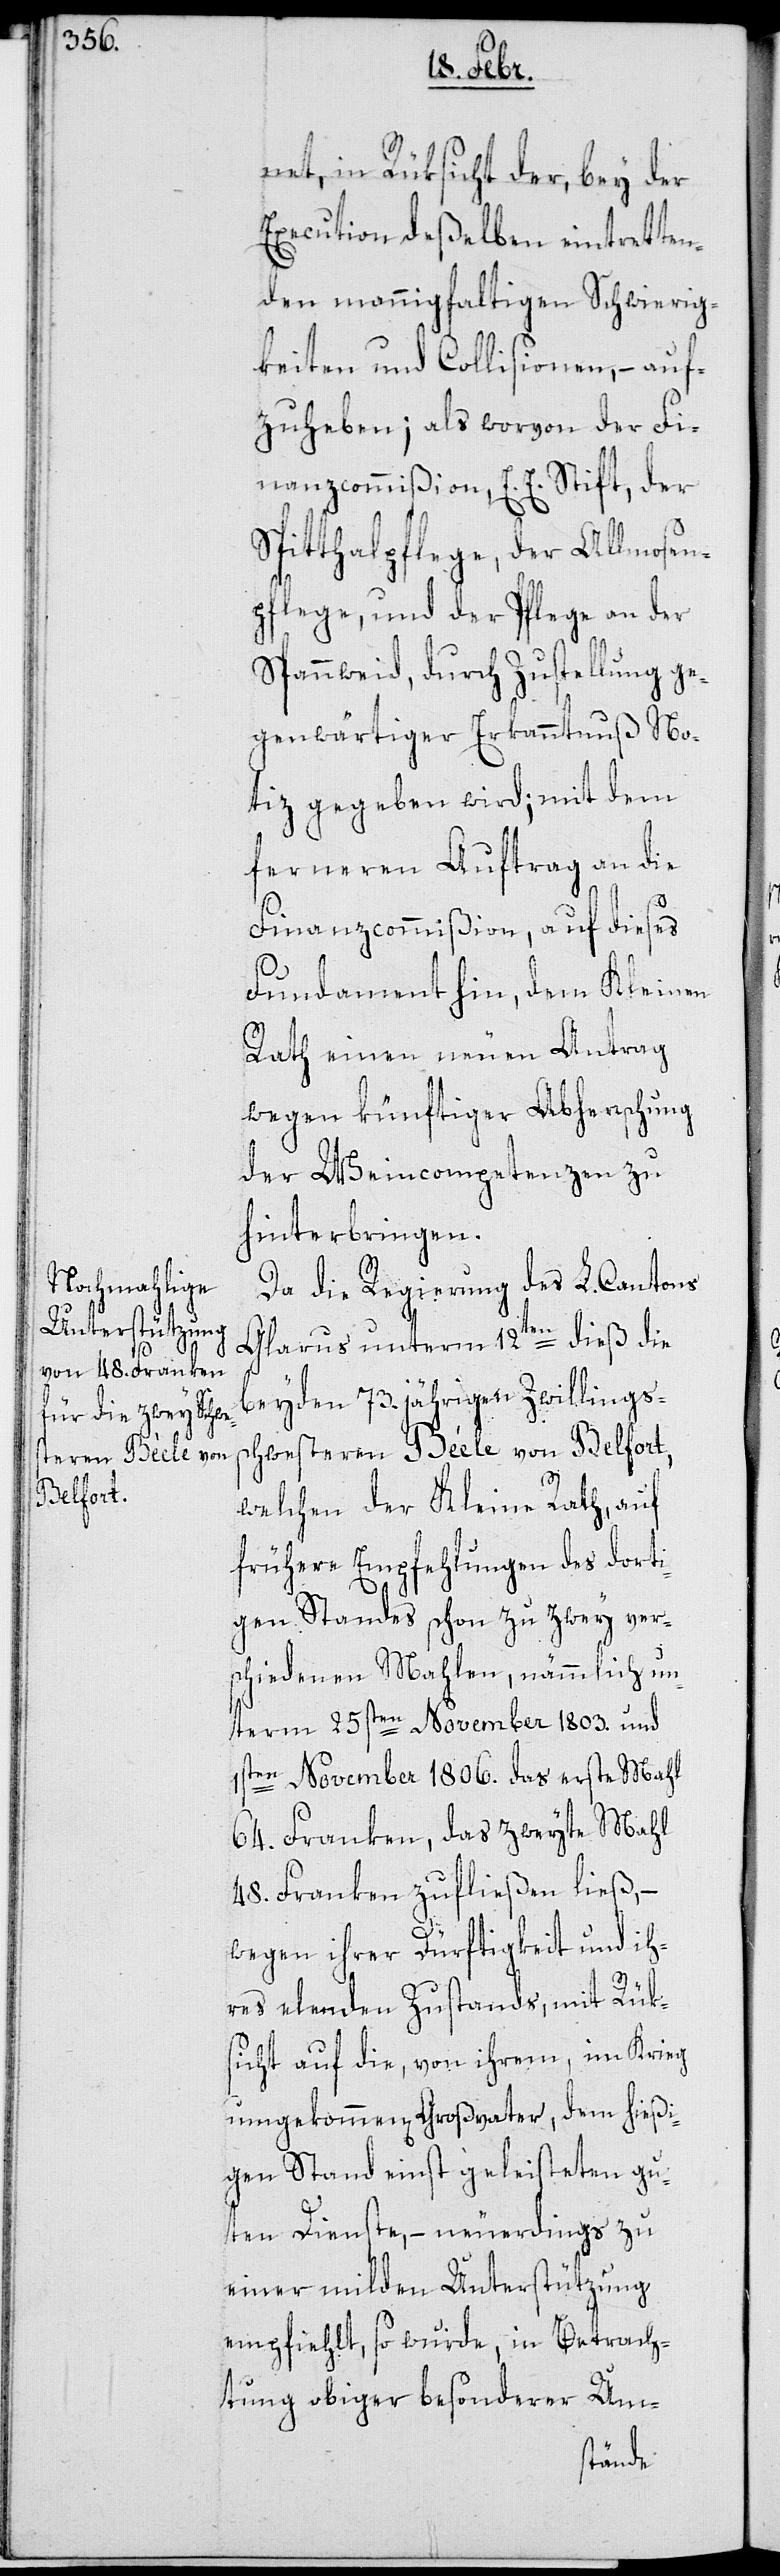
net, in Rüksicht der, bey der
Execution deßelben eintretten¬
den mannigfaltigen Schwierig¬
keiten und Collisionen, – auf¬
zuheben; als worvon der Fi¬
nanzcommißion, E. E. Stift, der
Spitthalpflege, der Allmosen¬
pflege, und der Pflege an der
Spanweid, durch Zustellung ge¬
genwärtiger Erkanntnuß No¬
tiz gegeben wird; mit dem
ferneren Auftrag an die
Finanzcommißion, auf dieses
Fundament hin, dem Kleinen
Rath einen neuen Antrag
wegen künftiger Abherrschung
der Weincompetenzen zu
hinterbringen.
Da die Regierung des L. Cantons
Glarus unterm 12ten dieß die
beyden 73. jährigen Zwillings¬
schwesteren Bèele von Belfort,
welchen der Kleine Rath, auf
frühere Empfehlungen des dorti¬
gen Standes schon zu zwey ver¬
schiedenen Mahlen, nämmlich un¬
term 25sten November 1803. und
1sten November 1806. das erste Mahl
64. Franken, das zweyte Mahl
48. Franken zufließen ließ, –
wegen ihrer Dürftigkeit und ih¬
res elenden Zustands, mit Rük¬
sicht auf die, von ihrem, im Krieg
umgekommen[en] Großvater, dem hießi¬
gen Stand einst geleisteten gu¬
ten Dienste, – neuerdings zu
einer milden Unterstützung
empfiehlt, so wurde, in Betrach¬
tung obiger besonderer Um-